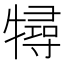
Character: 𤛧